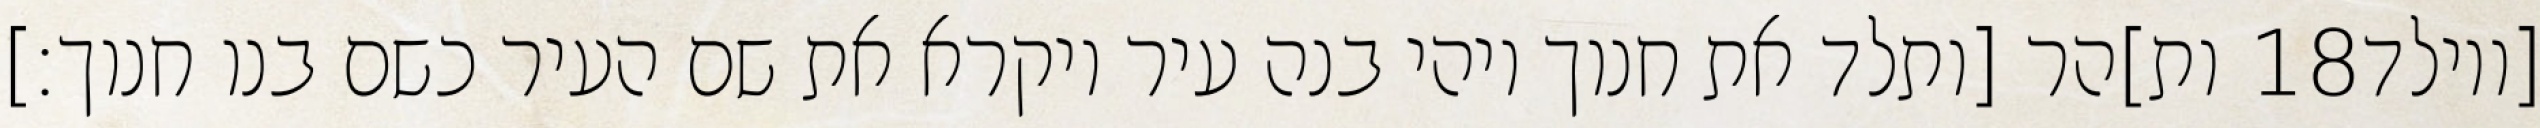
ות]הר [ותלד את חנוך ויהי בנה עיר ויקרא את שם העיר כשם בנו חנוך׃] ‎18‏ [ויולד